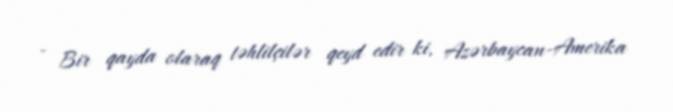
- Bir qayda olaraq təhlilçilər qeyd edir ki, Azərbaycan-Amerika